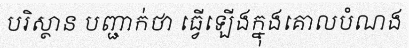
បរិស្ថាន បញ្ជាក់ថា ធ្វើឡើងក្នុងគោលបំណង